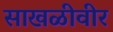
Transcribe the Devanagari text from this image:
साखळीवीर